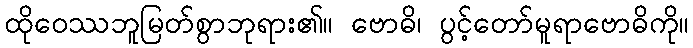
ထိုဝေဿဘူမြတ်စွာဘုရား၏။ ဗောဓိ၊ ပွင့်တော်မူရာဗောဓိကို။